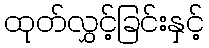
ထုတ်လွှင့်ခြင်းနှင့်